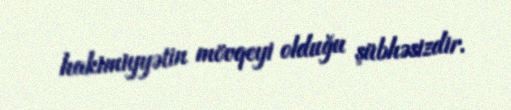
hakimiyyətin mövqeyi olduğu şübhəsizdir.